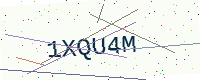
Text: 1XQU4M